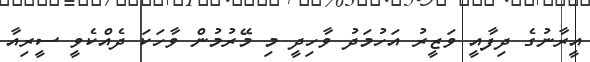
އީރާނުގެ ދިފާއީ ވަޒީރު އަހުމަދު ވާހިދީ މި މޭރުމުން ވާހަކަ ދެއްކެވީ ސީރިއާ